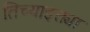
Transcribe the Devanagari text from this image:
तिच्याइक्त्या